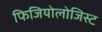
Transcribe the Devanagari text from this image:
फिजियोलोजिस्ट